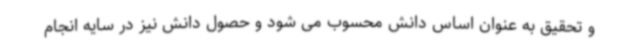
و تحقیق به عنوان اساس دانش محسوب می شود و حصول دانش نیز در سایه انجام